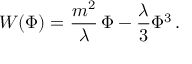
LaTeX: { \cal W } ( \Phi ) = \frac { m ^ { 2 } } { \lambda } \, \Phi - \frac { \lambda } { 3 } \Phi ^ { 3 } \, .